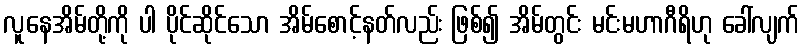
လူနေအိမ်တို့ကို ပါ ပိုင်ဆိုင်သော အိမ်စောင့်နတ်လည်း ဖြစ်၍ အိမ်တွင်း မင်းမဟာဂီရိဟု ခေါ်လျက်